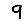
Digit: 9